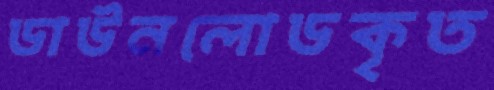
ডাউনলোডকৃত